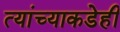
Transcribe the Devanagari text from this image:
त्यांच्याकडेही